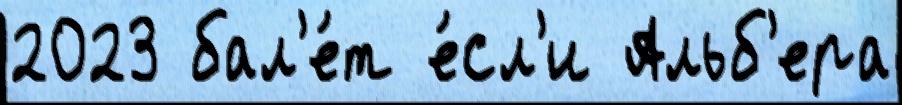
2023 бал'е́т е́сл'и Альб'ера